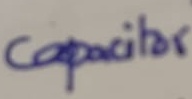
Text: Capacitor